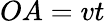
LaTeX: OA=vt